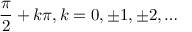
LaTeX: { \frac { \pi } { 2 } } + k \pi , k = 0 , \pm 1 , \pm 2 , \ldots